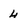
Character: 4